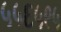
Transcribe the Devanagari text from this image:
५५६५९५